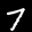
Label: 7